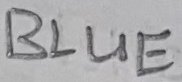
Text: BLUE